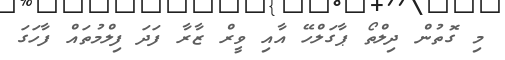
މި ގޮތުން ދިލްތޯ ޕާގަލްހޭ އާއި ވީރް ޒާރާ ފަދަ ފިލްމުތައް ފާހަގަ